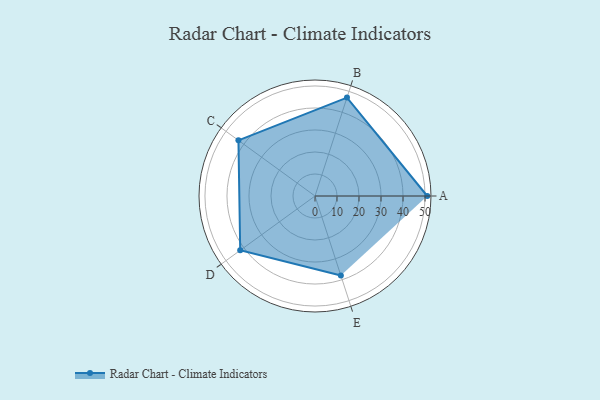
{"axis": {"x": "Skill", "y": "Score"}, "legend": ["Profile"], "data": [{"x": "A", "y": 51.0, "type": "Profile"}, {"x": "B", "y": 47.0, "type": "Profile"}, {"x": "C", "y": 43.0, "type": "Profile"}, {"x": "D", "y": 42.0, "type": "Profile"}, {"x": "E", "y": 38.0, "type": "Profile"}]}